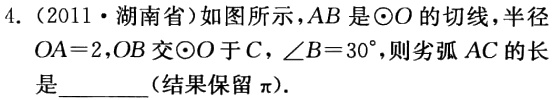
4.（2011·湖南省）如图所示，\(AB\)是\(\odot O\)的切线，半径\(OA = 2\)，\(OB\)交\(\odot O\)于\(C\)，\(\angle B = 30^{\circ}\)，则劣弧\(AC\)的长是________（结果保留\(\pi\)）.